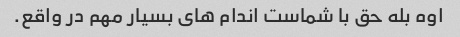
اوه بله حق با شماست اندام های بسیار مهم در واقع.